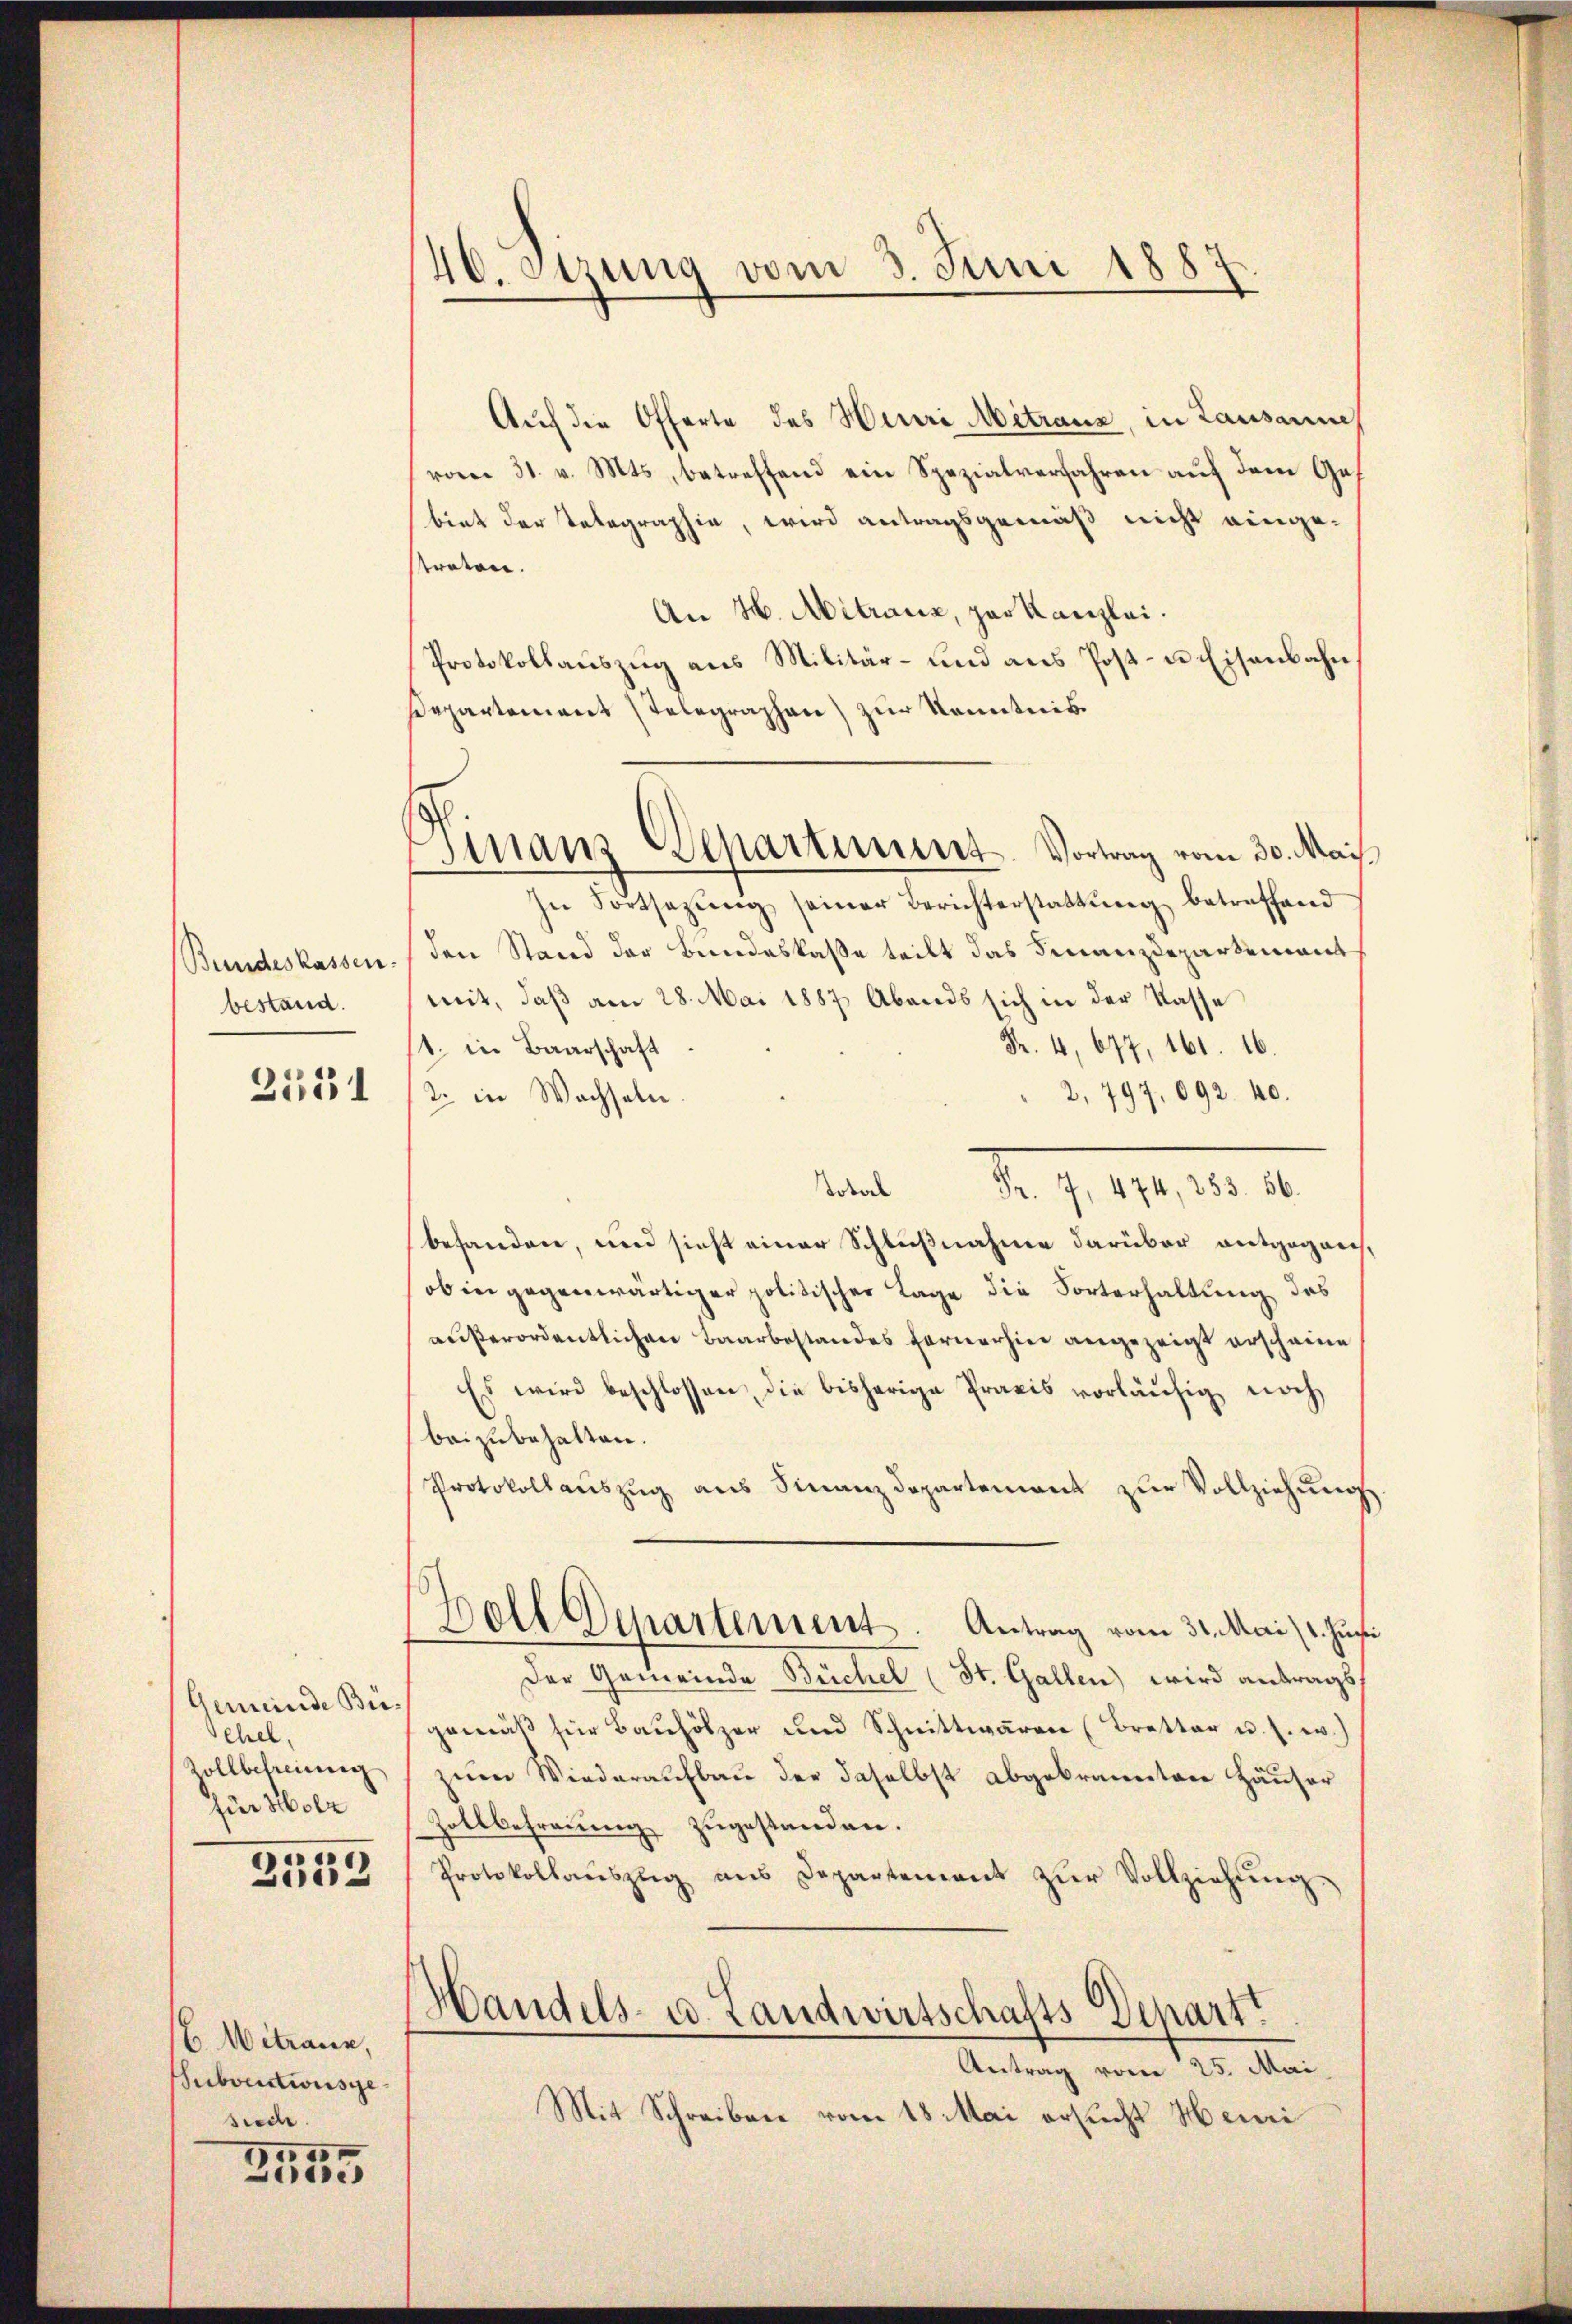
Bundeskassen.
bestand.

2131

Gemeinde Bie¬
Schel
Zollbefreiung
für Holz

2533

6. Mitrauen,
Subventionsgesiede

s
Zu

40. Szung vom 3. Juni 1887

Finanz-Departement. Vortrag vom 30. Mais.

Auf die Offerte des Heure Mitraus, in Lausanne
vom 31. v. Mts., betreffend ein Spezialverfahren auf dem Gebiet der Telegraphie, wird antragsgemäß nicht eingetreten.
An H. Mitraus, per Kanzlei.
Protokollauszug aus Militär- und ans Post- u Eisenbahn.
Departement Telegraphen) zur Kenntnis.
In Fortsetzŭng seiner Berichterstattŭng betreffend
den Stand der Bundeskaße teilt das Finanzdepartement
mit, daß am 28. Mai 1887 Abends sich in der Kasse
Fr. 4, 677, 161. 16.
1. in Baarschaft
2,797, 692. 40.
2. in Wachseln
obal
d. 1. 11. d. 1.
behanden, und sicht einer Schlußnahme darüber entgegang,
ob in gegenwärtiger politischer Lage die Forterhaltung des
außerordentlichen Baarbestandes Fernerhin angezeigt erscheine
Es wird beschlossen, die bisherige Praxis vorläŭfig noch
beizubehalten.
Protokollaŭszŭg aŭs Finanzdepartement zŭr Vollziehŭng
Bell Departement. Antrag vom 31. Mai / 1. Justi
Der Gemeinde Büchel (St. Gallen wird antrags
gemäβ für Baŭhölzer und Schnittwaren (Bretter u. s. w.)
zum Wiederaufbau der daselbst abgebrannten Häuser
Zollbefreung zugestanden.
Protokollaŭszŭg ans Departement zŭr Vollziehŭng
Handels- u. Landwirtschafts-Depart
Antrag vom 25. Mai
Mit Schreiben vom 18 Mai ersucht Henri